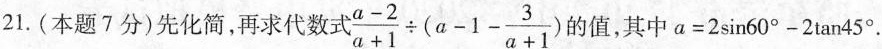
21.(本题7分)先化简，再求代数： $$\frac { a - 2 } { a + 1 } \div ( a - 1 - \frac { 3 } { a + 1 } )$$的值，其中$$a = 2 \sin 6 0 ° - 2 \tan 4 5 °$$.